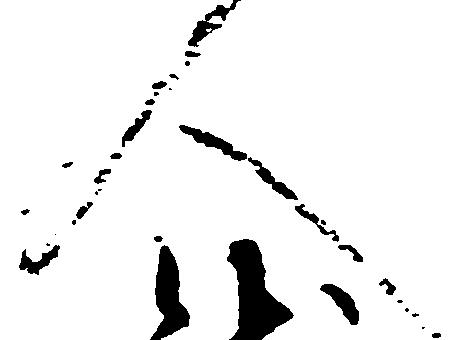
人